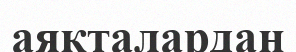
аяқталардан